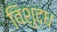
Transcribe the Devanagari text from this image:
विशुद्‍ध